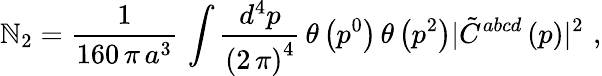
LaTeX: \mathbb{N}_{2}=\frac{{1}}{{160\, \pi\, a^{3}}}\, \int\frac{{d^{4}p}}{{\left(2\, \pi\right)^{4}}}\, \theta\left(p^{0}\right)\, \theta\left(p^{2}\right)\vert{\tilde{{C}}}^{abcd}\left(p\right)\vert^{2}\, \, ,